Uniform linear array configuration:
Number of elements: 24
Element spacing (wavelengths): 1
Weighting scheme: cosine
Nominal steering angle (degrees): -45
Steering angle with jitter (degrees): -44.613
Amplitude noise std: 0.05
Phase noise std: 0.05

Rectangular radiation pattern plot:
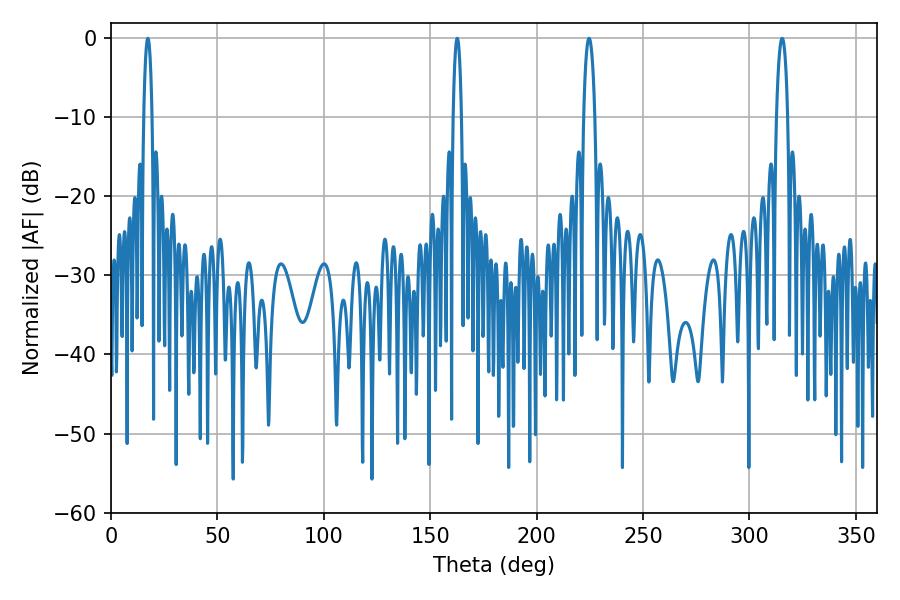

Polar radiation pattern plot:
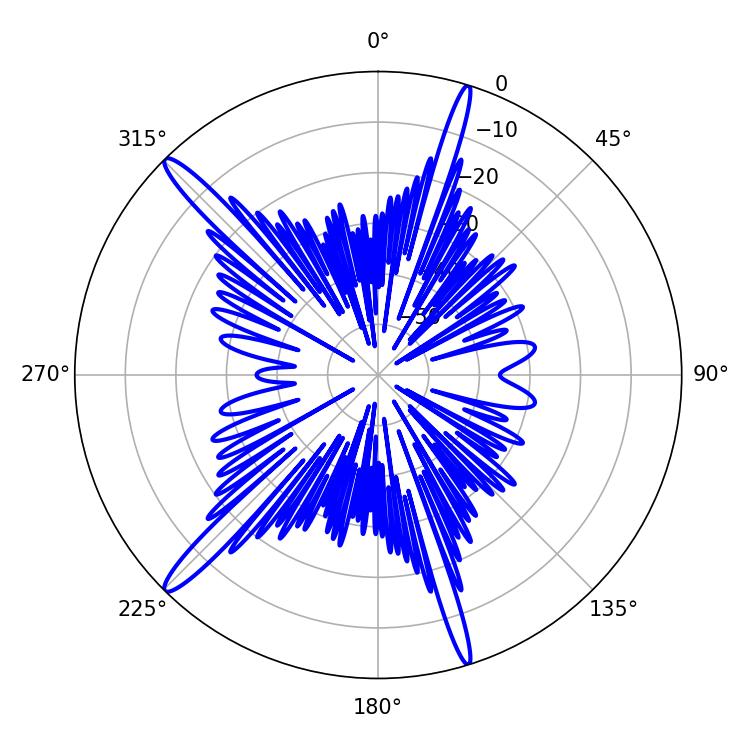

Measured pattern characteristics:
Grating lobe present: TRUE
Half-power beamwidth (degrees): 2.88
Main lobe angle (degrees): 224.64